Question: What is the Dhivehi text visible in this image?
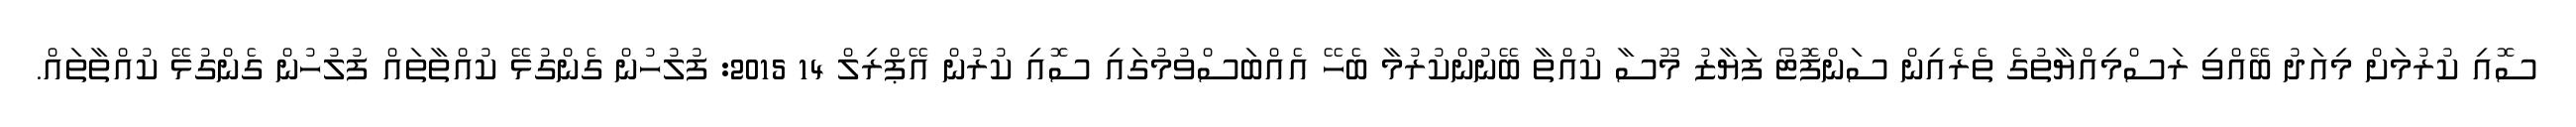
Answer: ސޮއި ކުރުމަށް މިއަދު ބޭއްވި ރަސްމިއްޔާތުގެ ތެރެއިން ސަންފޮޓޯ ފަޔާޒު މޫސާ ކުއްތާ ބޭނުންކުރުމާ ބެހޭ އެއްބަސްވުމުގައި ސޮއި ކުރުން އޭޕްރިލް 14 2015: ފުލުހުން ގެންގުޅޭ ކުއްތާތައް ފުލުހުން ގެންގުޅޭ ކުއްތާތައް.